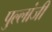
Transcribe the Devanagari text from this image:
पुल्लांजी